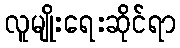
လူမျိုးရေးဆိုင်ရာ